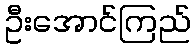
ဦးအောင်ကြည်